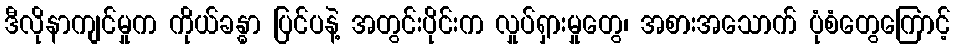
ဒီလိုနာကျင်မှုက ကိုယ်ခန္ဓာ ပြင်ပနဲ့ အတွင်းပိုင်းက လှုပ်ရှားမှုတွေ၊ အစားအသောက် ပုံစံတွေကြောင့်